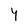
Character: Y